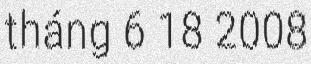
tháng 6 18 2008